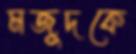
মজুদকে